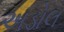
અડોલ